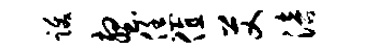
跋壑恁值艾涪